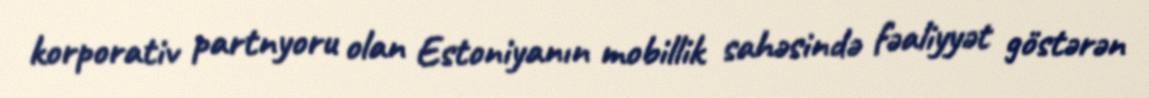
korporativ partnyoru olan Estoniyanın mobillik sahəsində fəaliyyət göstərən